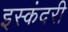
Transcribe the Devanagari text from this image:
इस्कंदरी